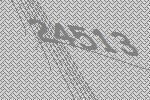
24513